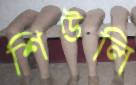
শিউলি